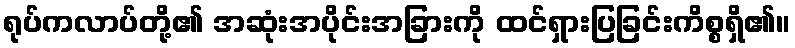
ရုပ်ကလာပ်တို့၏ အဆုံးအပိုင်းအခြားကို ထင်ရှားပြခြင်းကိစ္စရှိ၏။